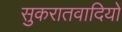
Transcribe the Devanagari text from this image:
सुकरातवादियों